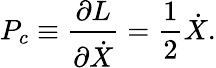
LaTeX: P_{c}\equiv\frac{\partial L}{\partial\dot{X}}=\frac{1}{2}\dot{X}.